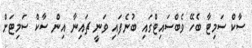
ސާކް ސަމިޓާ ބެހޭ ވެބްސައިޓްގައި ބުނެފައި ވަނީ ޗައިނާ އިން ސާކް ސަމިޓަށް